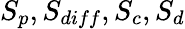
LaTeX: S_{p},S_{diff},S_{c},S_{d}